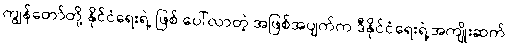
ကျွန်တော်တို့ နိုင်ငံရေးရဲ့ ဖြစ် ပေါ်လာတဲ့ အဖြစ်အပျက်က ဒီနိုင်ငံရေးရဲ့အကျိုးဆက်